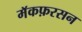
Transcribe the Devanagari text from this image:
मॅकफ़रसन